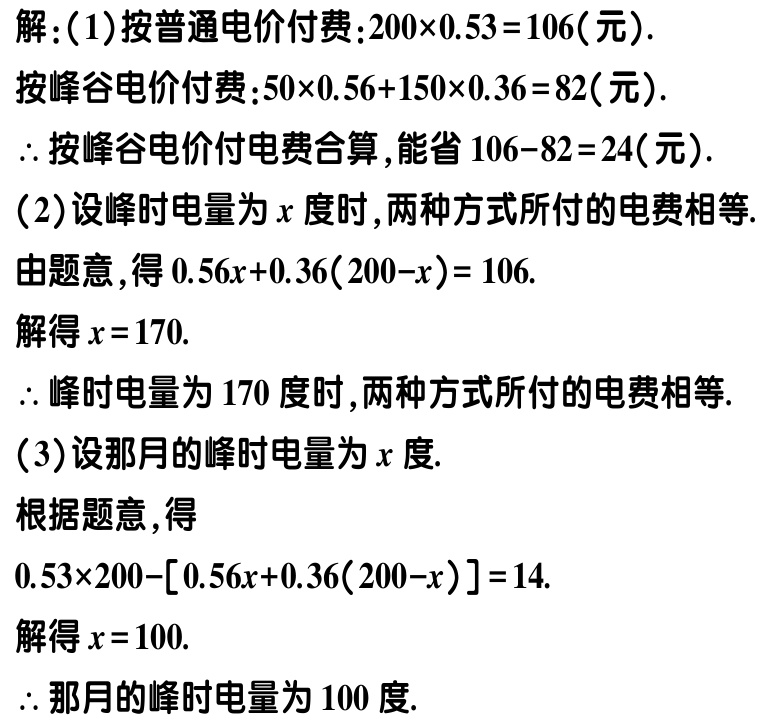
解：(1)按普通电价付费：\(200\times0.53 = 106\)(元).
按峰谷电价付费：\(50\times0.56 + 150\times0.36 = 82\)(元).
\(\therefore\)按峰谷电价付电费合算，能省\(106 - 82 = 24\)(元).
(2)设峰时电量为\(x\)度时，两种方式所付的电费相等.
由题意，得\(0.56x + 0.36(200 - x) = 106\).
解得\(x = 170\).
\(\therefore\)峰时电量为\(170\)度时，两种方式所付的电费相等.
(3)设那月的峰时电量为\(x\)度.
根据题意，得
\(0.53\times200 - [0.56x + 0.36(200 - x)] = 14\).
解得\(x = 100\).
\(\therefore\)那月的峰时电量为\(100\)度.